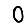
Digit: 0